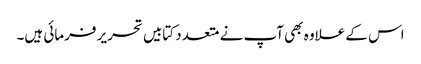
اس کے علاوہ بھی آپ نے متعدد کتابیں تحریر فرمائی ہیں۔